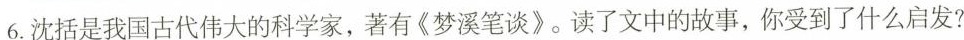
6.沈括是我国古代伟大的科学家，著有《梦溪笔谈》。读了文中的故事，你受到了什么启发?